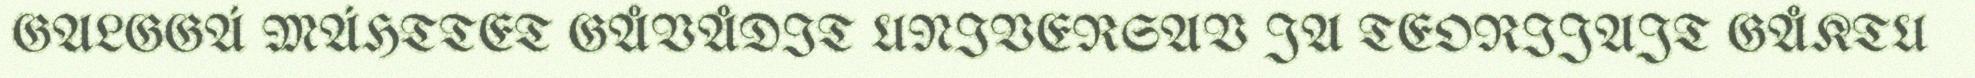
GALGGÁ MÁHTTET GÅVÅDIT UNIVERSAV JA TEORIJAJT GÅKTU